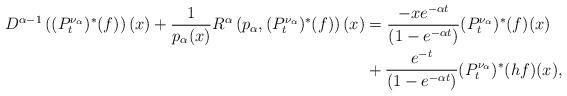
LaTeX: \begin{align*}D^{\alpha-1}\left((P_t^{\nu_\alpha})^*(f)\right)(x) + \frac{1}{p_\alpha(x)} R^\alpha \left(p_\alpha, (P_t^{\nu_\alpha})^*(f) \right)(x) &= \dfrac{- x e^{-\alpha t}}{(1-e^{-\alpha t})} (P^{\nu_\alpha}_t)^{*}(f)(x) \\& + \dfrac{e^{-t}}{\left(1-e^{-\alpha t}\right)} (P^{\nu_\alpha}_t)^{*}(hf)(x),\end{align*}